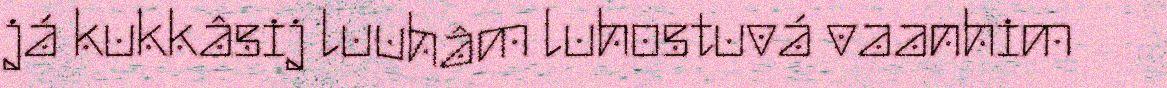
já kukkâsij luuhâm luhostuvá vaanhim